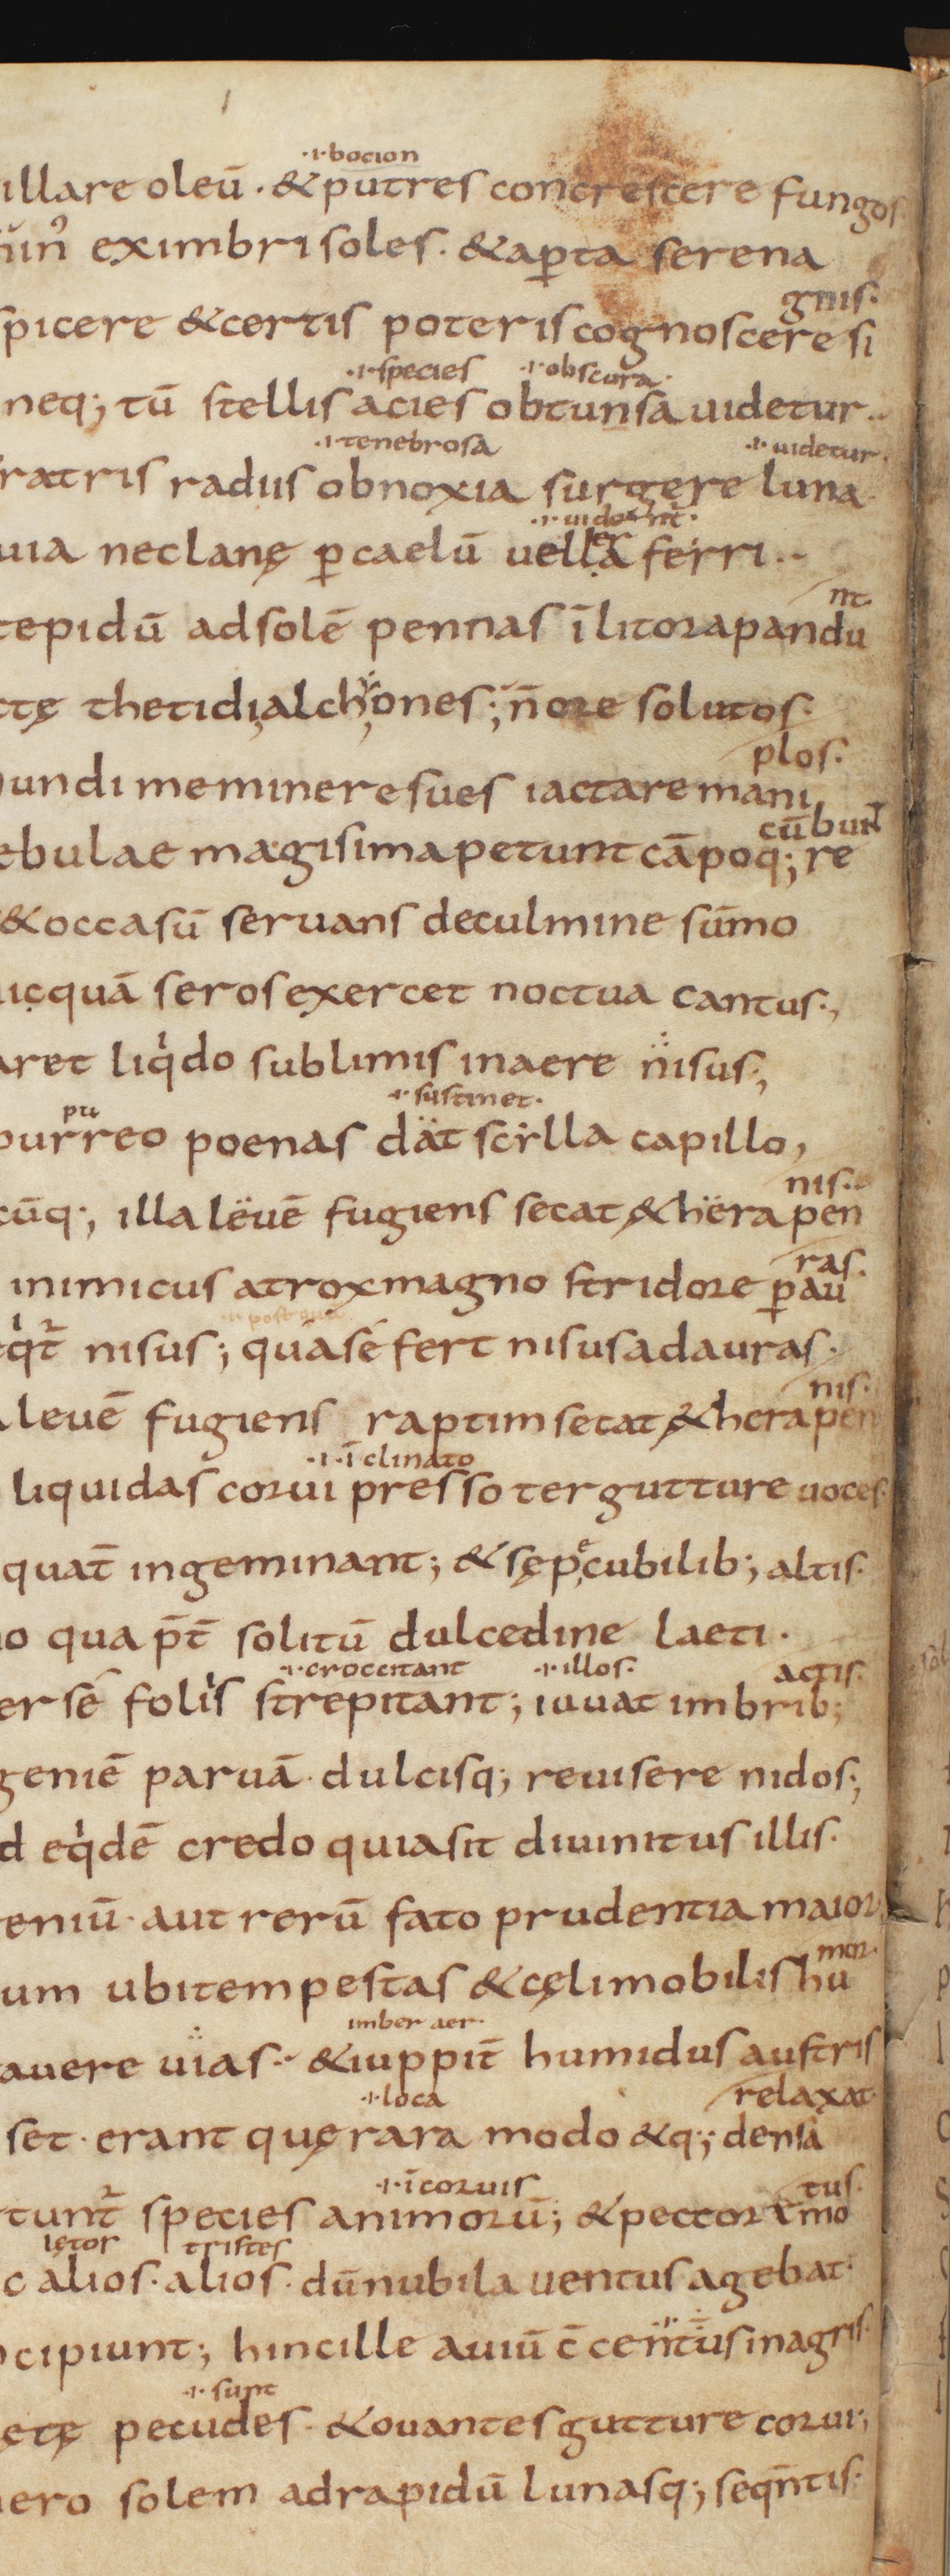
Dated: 850–999